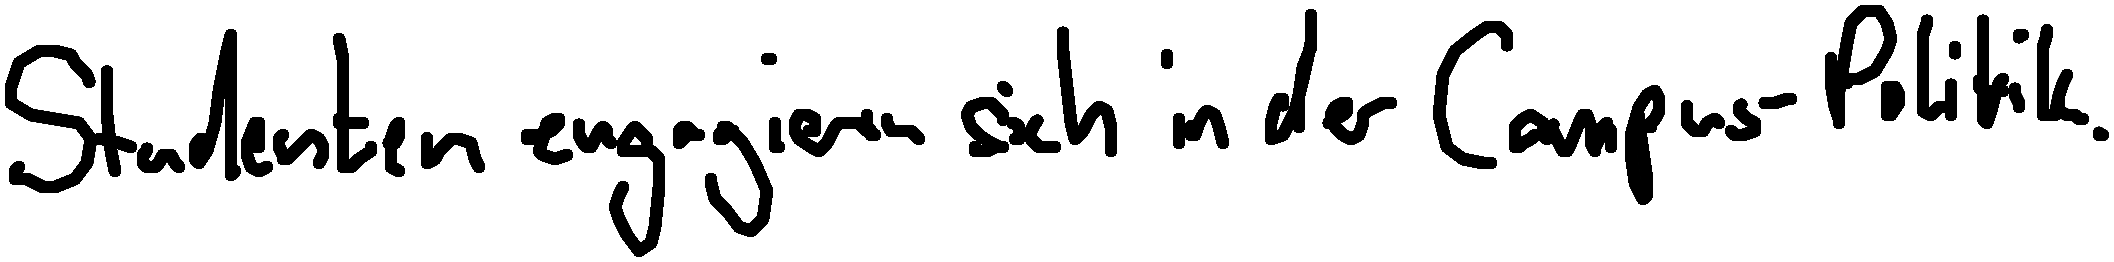
Studenten engagieren sich in der Campus-Politik.